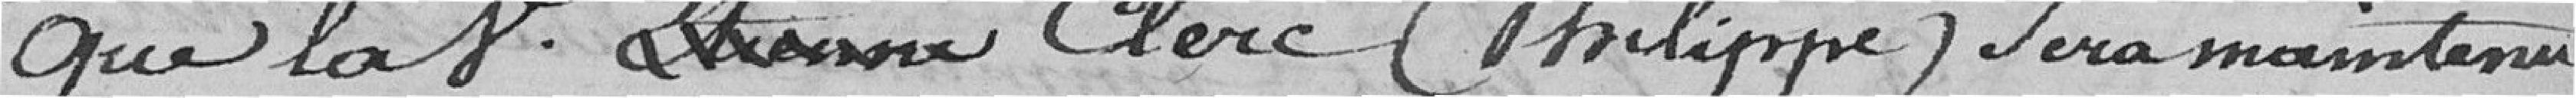
que la veuve Clerc (Philippe) sera maintenue